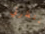
تنتظرني